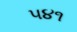
૫૪૧